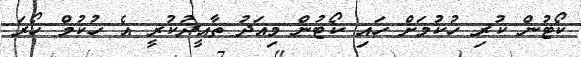
ކޯޓުން ކުރި ހުކުމަށް ހައި ކޯޓުން މިއަދު ތާއީދުކުރީ އެ ހުކުމް ހޯރަ